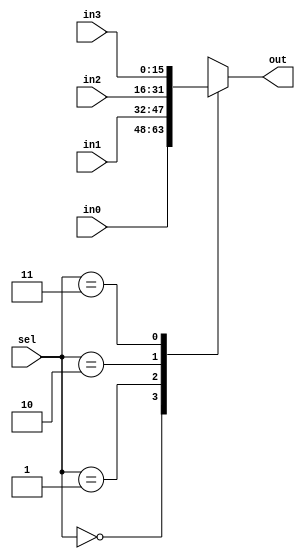
//------------------------------------------------------------+
// Project: Programmable Accelerator
// Module: mux4
// Description:
//		mux4
//		
//
// History: 2022.10.02 by Min-Gyu Park (alsrbok@snu.ac.kr)
//------------------------------------------------------------+

module mux4 #( parameter WIDTH = 16)
	(
    input [WIDTH-1:0] in0,
    input [WIDTH-1:0] in1,
    input [WIDTH-1:0] in2,
    input [WIDTH-1:0] in3,
    input [1:0] sel,
    output reg [WIDTH-1:0] out
    );
	
	always @(*) begin
        case(sel)
            2'b00: out = in0;
            2'b01: out = in1;
            2'b10: out = in2;
            2'b11: out = in3;
        endcase
    end
	
endmodule